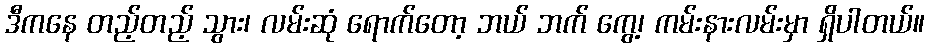
ဒီကနေ တည့်တည့် သွား၊ လမ်းဆုံ ရောက်တော့ ဘယ် ဘက် ကွေ့၊ ကမ်းနားလမ်းမှာ ရှိပါတယ်။